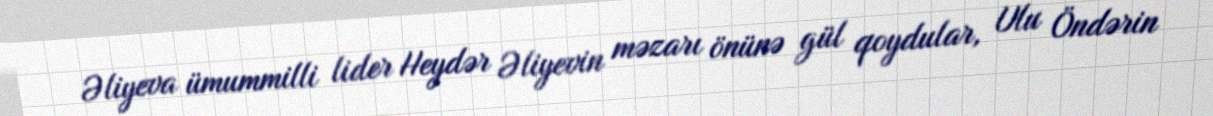
Əliyeva ümummilli lider Heydər Əliyevin məzarı önünə gül qoydular, Ulu Öndərin